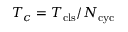
T _ { c } = T _ { \mathrm { c l s } } / N _ { \mathrm { c y c } }